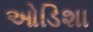
ઓડિશા